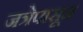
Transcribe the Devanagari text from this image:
जत्रेपासून